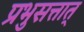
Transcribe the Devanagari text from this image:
प्रभुसत्तात्